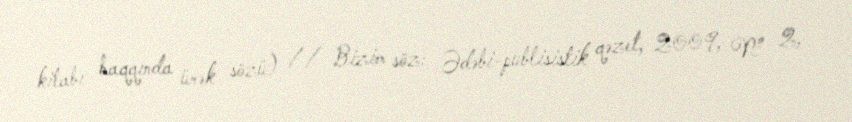
kitabı haqqında ürək sözü) // Bizim söz: Ədəbi-publisistik qəzet, 2009, № 2,